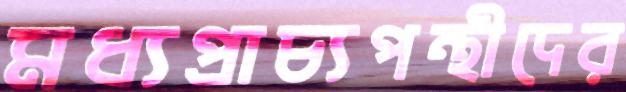
মধ্যপ্রাচ্যপন্থীদের